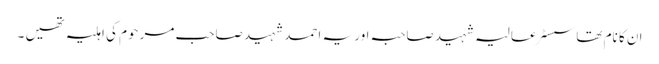
ان کا نام تھا سسٹر عالیہ شہید صاحبہ اور یہ احمد شہید صاحب مرحوم کی اہلیہ تھیں ۔